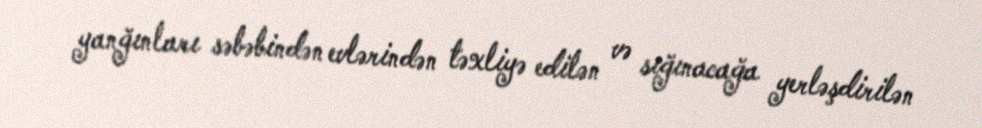
yanğınları səbəbindən evlərindən təxliyə edilən və sığınacağa yerləşdirilən